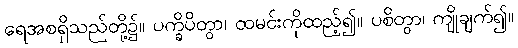
ရေအစရှိသည်တို့၌။ ပက္ခိပိတွာ၊ ထမင်းကိုထည့်၍။ ပစိတွာ၊ ကျိုချက်၍။